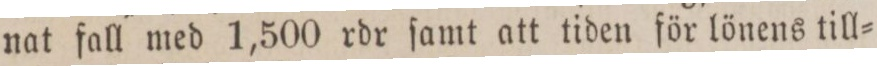
nat fall med 1,500 rdr ſamt att tiden för lönens till=